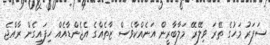
ސަފަރު މަހުގެ ތޭރަ ވިލޭރޭ މަލާބާރީން އަނެއްކާވެސް ޒާތެއްގެ އެޖެންޑާއެއް ހިފައިގެން ރާއްޖެ